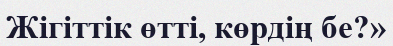
Жігіттік өтті, көрдің бе?»